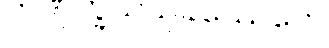
တဏှက္ခယသုခဿေတေ